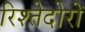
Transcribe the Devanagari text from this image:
रिश्तेदोरों